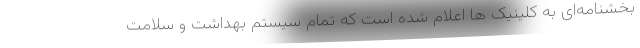
بخشنامه‌ای به کلینیک ها اعلام شده است که تمام سیستم بهداشت و سلامت